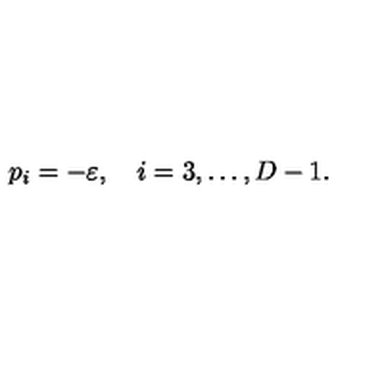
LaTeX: p _ { i } = - \varepsilon , \quad i = 3 , \ldots , D - 1 .